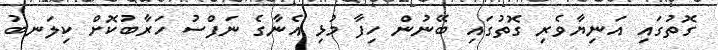
ގޮތުގައި އަނިޔާވެރި ގޮތުގައި ބޭނުން ހިފާ މުޅި އެނާގެ ނަފްސު ހަރާބުކޮށް ކިލަނބު